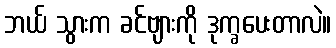
ဘယ် သွားက ခင်ဗျားကို ဒုက္ခပေးတာလဲ။